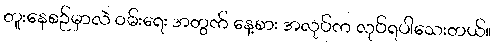
တူးနေစဉ်မှာလဲ ဝမ်းရေး အတွက် နေ့စား အလုပ်က လုပ်ရပါသေးတယ်။